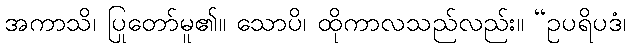
အကာသိ၊ ပြုတော်မူ၏။ သောပိ၊ ထိုကာလသည်လည်း။ “ဥပရိပဒံ၊